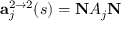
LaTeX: { \bf a } _ { j } ^ { 2 \rightarrow 2 } ( s ) = { \bf N } { \cal A } _ { j } { \bf N }